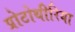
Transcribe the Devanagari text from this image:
प्रोटोथीरिया